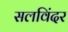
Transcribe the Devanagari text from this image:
सलविंदर